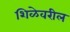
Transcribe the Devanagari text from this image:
शिळेवरील